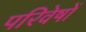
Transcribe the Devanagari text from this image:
परिवेषों